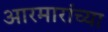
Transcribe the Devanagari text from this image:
आरमारांच्या